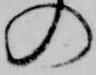
の